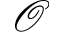
\mathcal { O }